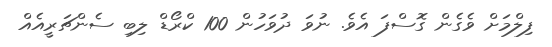
ފިލްމަށް ވެގެން ގޮސްފަ އެވެ. ނުވަ ދުވަހުން 100 ކްރޯޑް ލިބި ސެންޗަރީއެއް